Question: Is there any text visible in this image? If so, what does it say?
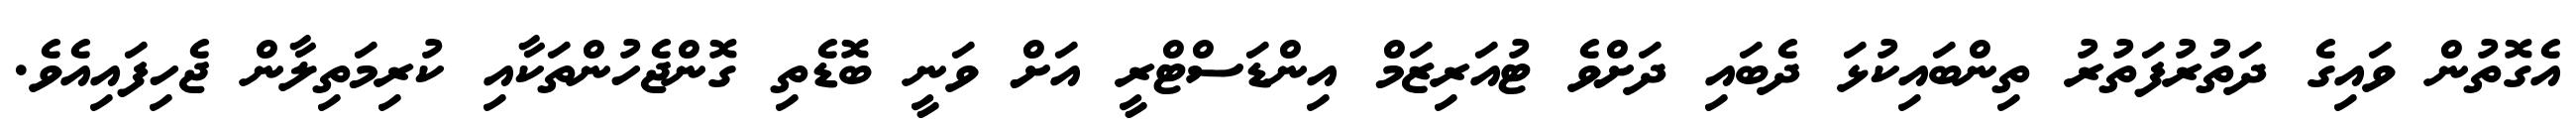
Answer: އެގޮތުން ވައިގެ ދަތުރުފަތުރު ތިންބައިކުޅަ ދެބައި ދަށްވެ ޓުއަރިޒަމް އިންޑަސްޓްރީ އަށް ވަނީ ބޮޑެތި ގޮންޖެހުންތަކާއި ކުރިމަތިލާން ޖެހިފައިއެވެ.